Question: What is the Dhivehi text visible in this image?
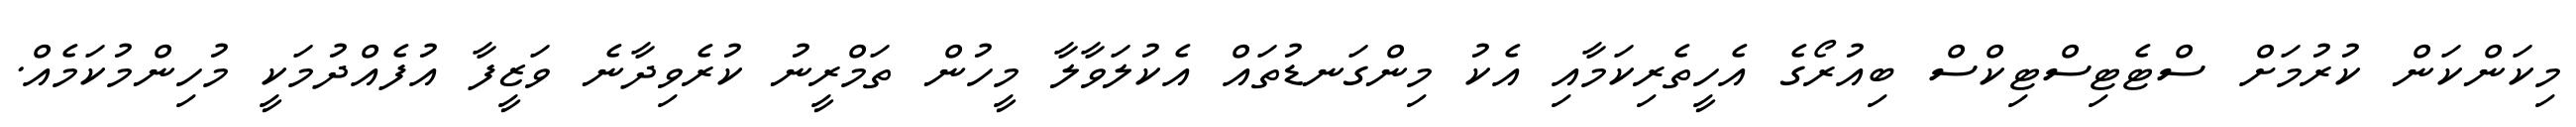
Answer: މިކަންކަން ކުރުމަށް ސްޓެޓިސްޓިކްސް ބިއުރޯގެ އެހީތެރިކަމާއި އެކު މިންގަނޑުތައް އެކުލަވާލާ މީހުން ތަމްރީނު ކުރެވިދާނެ ވަޒީފާ އުފެއްދުމަކީ މުހިންމުކަމެއް.